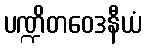
ပဏ္ဍိတဝေဒနီယံ